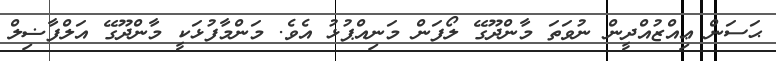
ޙަސަން ޢިއްޒުއްދީން ނުވަތަ މާންދޫގޭ ލޯފަން މަނިއްޕުޅު އެވެ. މަންމާފުޅަކީ މާންދޫގޭ އަލްފާޟިލް